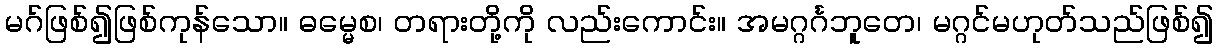
မဂ်ဖြစ်၍ဖြစ်ကုန်သော။ ဓမ္မေစ၊ တရားတို့ကို လည်းကောင်း။ အမဂ္ဂင်္ဂဘူတေ၊ မဂ္ဂင်မဟုတ်သည်ဖြစ်၍